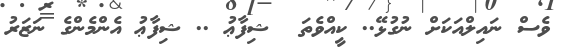
ވެސް ނައިލްއަކަށް ނުގުޅޭ.. ކީއްވެތަ  ޝިފާޢު .. ޝިފާޢު އެންމެންގެ ނަޒަރު